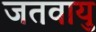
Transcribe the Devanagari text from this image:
जतवायु